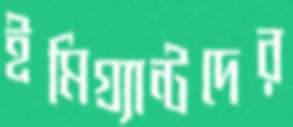
ইমিগ্র্যান্টদের